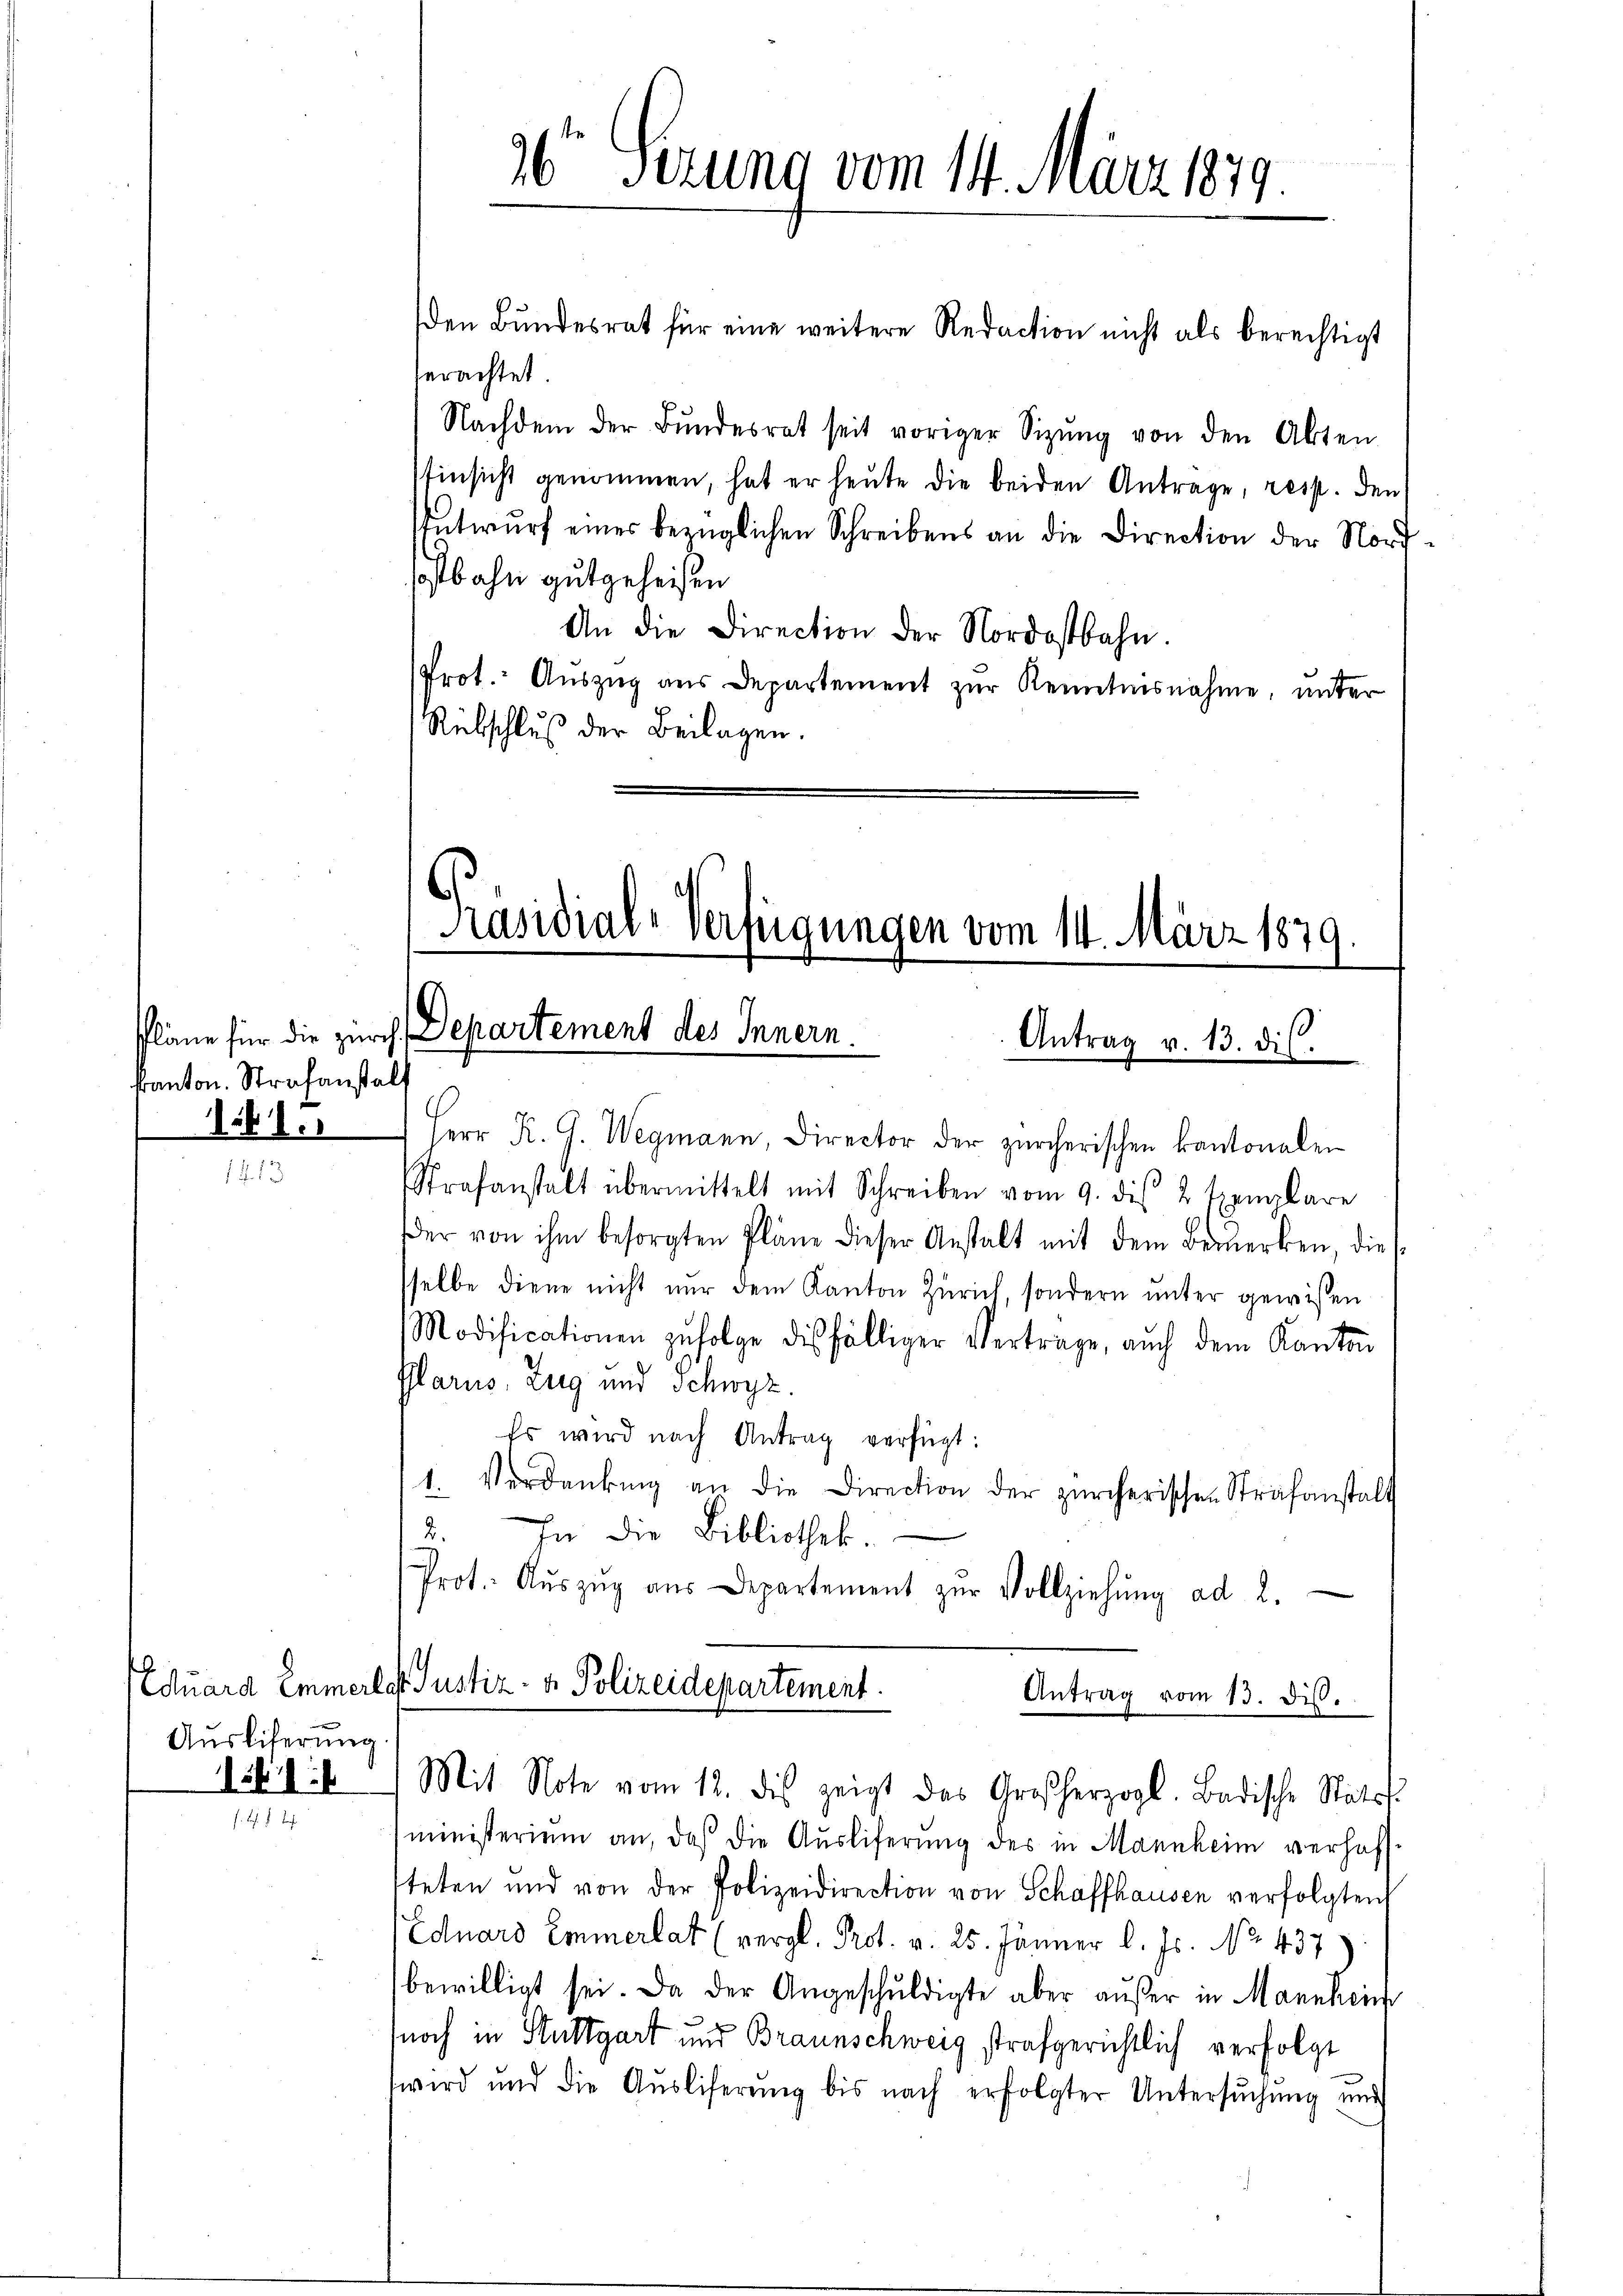
kanton. Strafanstalt
161.

AEduard Emmer
Auslieferung
15816

erachtet
Nachdem der Bŭndesrat seit voriger Sitzŭng von den Akten
Einsicht genommen, hat er heute die beiden Antrage, resp. den
Entwurf eines bezüglichen Schreibens an die Direction der Nordsostbahn gutgeheißen
An die Direction der Nordostbahn.
Prot. Auszug aus Departement zur Kenntnisnahme unter
Rübschluß der Beilagen.

26 Sezung vom 14. März 1879.

Herr K. G. Wegmann, Director der zürcherischen kantonalen
Strafanstalt übermittelt mit Schreiben vom 9. dis 2 Exemplare
der von ihm besorgten Pläne dieser Anstalt mit dem Bemerken, die
sselbe diene nicht nur dem Kanton Zürich, sondern unter gewißen
Modificationen zufolge diesfälliger Vertrage, auch dem Kanton
Glarus, Zug und Schwyz.
Es wird nach Antrag verfügt:
1. Verdankŭng an die Direction der zürcherischen Strafanstalt
2. die Bibliothek.
Prot. Aŭszŭg aŭs Departement zŭr Vollziehŭng ad 2.
dat. Justiz- & Polizeidepartement.
Antrag vom 13. dis.
Mit Note vom 12. dies zeigt das Großherzogl. Badische Statut
ministerium an, daß die Ausliferung des in Mannheim verhoff-
steten und von der Polizeidirection von Schaffhausen verfolgten
Eduard Emmerlat (vergl. Prot. v. 25. Jänner l. Js. No. 437
bewilligt sei. Da der Angeschuldigte aber außer in Mannhein
noch in Stuttgart und Braunschweig strafgerichtlich verfolgt
wird und die Ausliferung bis nach erfolgter Untersuchung und

den Bŭndesrat für eine weitere Redaction nicht als berechtigt

Präsidial-Verfügungen vom 14. März 1879
Pläne für die zürch, Departement des Innern
Antrag v. 13. di